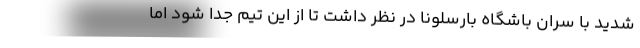
شدید با سران باشگاه بارسلونا در نظر داشت تا از این تیم جدا شود اما